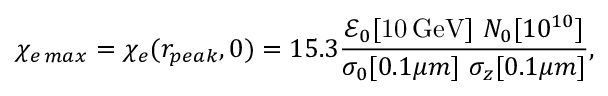
\chi _ { e \, m a x } = \chi _ { e } ( r _ { p e a k } , 0 ) = 1 5 . 3 \frac { \mathcal { E } _ { 0 } [ \mathrm { 1 0 \, G e V } ] \ N _ { 0 } [ 1 0 ^ { 1 0 } ] } { \sigma _ { 0 } [ 0 . 1 \mu m ] \ \sigma _ { z } [ 0 . 1 \mu m ] } ,